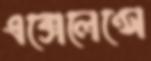
এক্সেলেন্সে